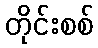
တိုင်းစစ်